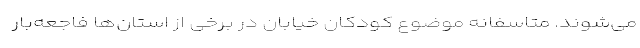
می‌شوند. متاسفانه موضوع کودکان خیابان در برخی از استان‌ها فاجعه‌بار